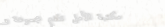
مكتبة الأمل تقدم مجموعة و